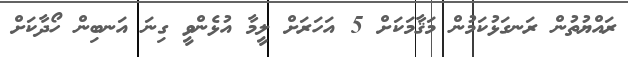
ރައްޔުތުން ރަނގަޅުކަމުން މަޤާމަކަށް 5 އަހަރަށް ލީމާ އުޅެންވީ ގިނަ އަނބިން ހޯދާކަށް